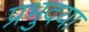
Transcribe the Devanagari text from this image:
प्रभुदया